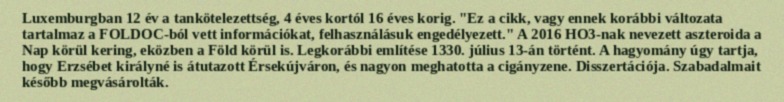
Luxemburgban 12 év a tankötelezettség, 4 éves kortól 16 éves korig. "Ez a cikk, vagy ennek korábbi változata tartalmaz a FOLDOC-ból vett információkat, felhasználásuk engedélyezett." A 2016 HO3-nak nevezett aszteroida a Nap körül kering, eközben a Föld körül is. Legkorábbi említése 1330. július 13-án történt. A hagyomány úgy tartja, hogy Erzsébet királyné is átutazott Érsekújváron, és nagyon meghatotta a cigányzene. Disszertációja. Szabadalmait később megvásárolták.